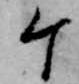
ケ